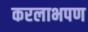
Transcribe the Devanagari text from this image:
करलाभपण